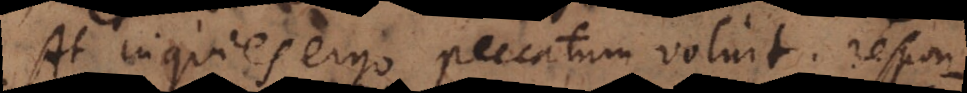
At inquies ergo peccatum voluit; respon